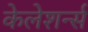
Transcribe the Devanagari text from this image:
केलेशर्न्स